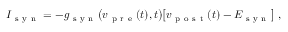
I _ { \mathrm { ~ s ~ y ~ n ~ } } = - g _ { \mathrm { ~ s ~ y ~ n ~ } } \big ( v _ { \mathrm { ~ p ~ r ~ e ~ } } ( t ) , t \big ) \big [ v _ { \mathrm { ~ p ~ o ~ s ~ t ~ } } ( t ) - E _ { \mathrm { ~ s ~ y ~ n ~ } } \big ] \ ,